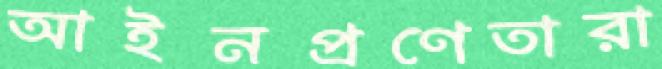
আইনপ্রণেতারা